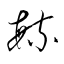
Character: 毓